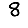
Digit: 8